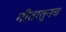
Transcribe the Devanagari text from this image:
गीतातूनच